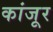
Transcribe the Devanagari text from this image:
कांजूर